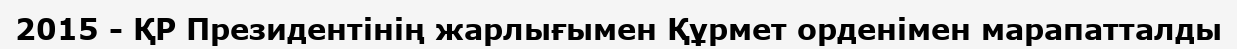
2015 - ҚР Президентінің жарлығымен Құрмет орденімен марапатталды